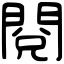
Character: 閱